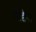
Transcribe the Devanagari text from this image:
मॉडेना